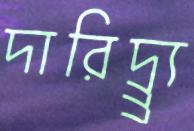
দারিদ্র্র্র্র্র্য